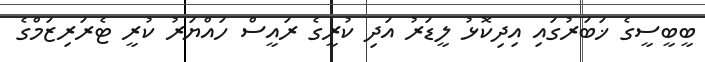
ބީބީސީގެ ޚަބަރުގައި އިދިކޮޅު ލީޑަރު އަދި ކުރީގެ ރައީސް ހައްޔަރު ކުރީ ޓެރަރިޒަމްގެ